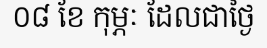
០៨ ខែ កុម្ភៈ ដែលជាថ្ងៃ